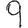
Digit: 9